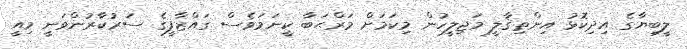
ލީބިޔާގެ އިދިކޮޅު އިންތިޤާލީ މަޖިލީހުން މިކަމަށް މަރްޙަބާ ކީނަމަވެސް ގައްޒާފީގެ ސަރުކާރުންވަނީ މިއީ